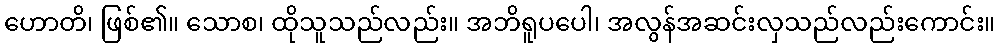
ဟောတိ၊ ဖြစ်၏။ သောစ၊ ထိုသူသည်လည်း။ အဘိရူပပေါ၊ အလွန်အဆင်းလှသည်လည်းကောင်း။